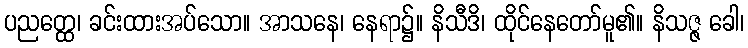
ပညတ္ထေ၊ ခင်းထားအပ်သော။ အာသနေ၊ နေရာ၌။ နိသီဒိ၊ ထိုင်နေတော်မူ၏။ နိသဇ္ဇ ခေါ၊